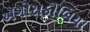
ઍગોરાફોબિયા